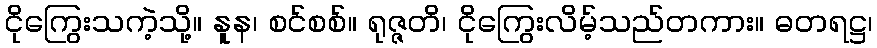
ငိုကြွေးသကဲ့သို့။ နူန၊ စင်စစ်။ ရုဇ္ဇတိ၊ ငိုကြွေးလိမ့်သည်တကား။ ဓတရဋ္ဌ၊